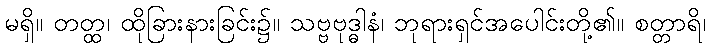
မရှိ။ တတ္ထ၊ ထိုခြားနားခြင်း၌။ သဗ္ဗဗုဒ္ဓါနံ၊ ဘုရားရှင်အပေါင်းတို့၏။ စတ္တာရိ၊